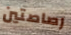
رصاصتين